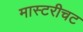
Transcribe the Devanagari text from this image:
मास्टरीचट